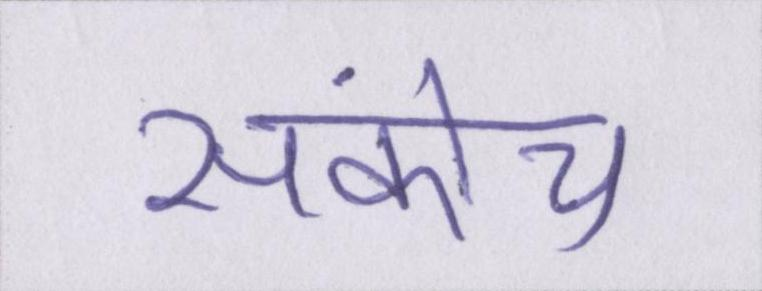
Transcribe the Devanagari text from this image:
संकोच